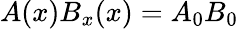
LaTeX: A(x)B_{x}(x)=A_{0}B_{0}